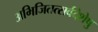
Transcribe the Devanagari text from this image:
अभिजितत्सर्वदेशेषु